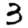
Digit: 3